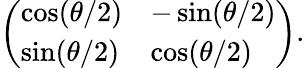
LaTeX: \left(\begin{array}{ll}{\cos(\theta/2)}&{-\sin(\theta/2)}\\ {\sin(\theta/2)}&{\cos(\theta/2)}\end{array}\right).